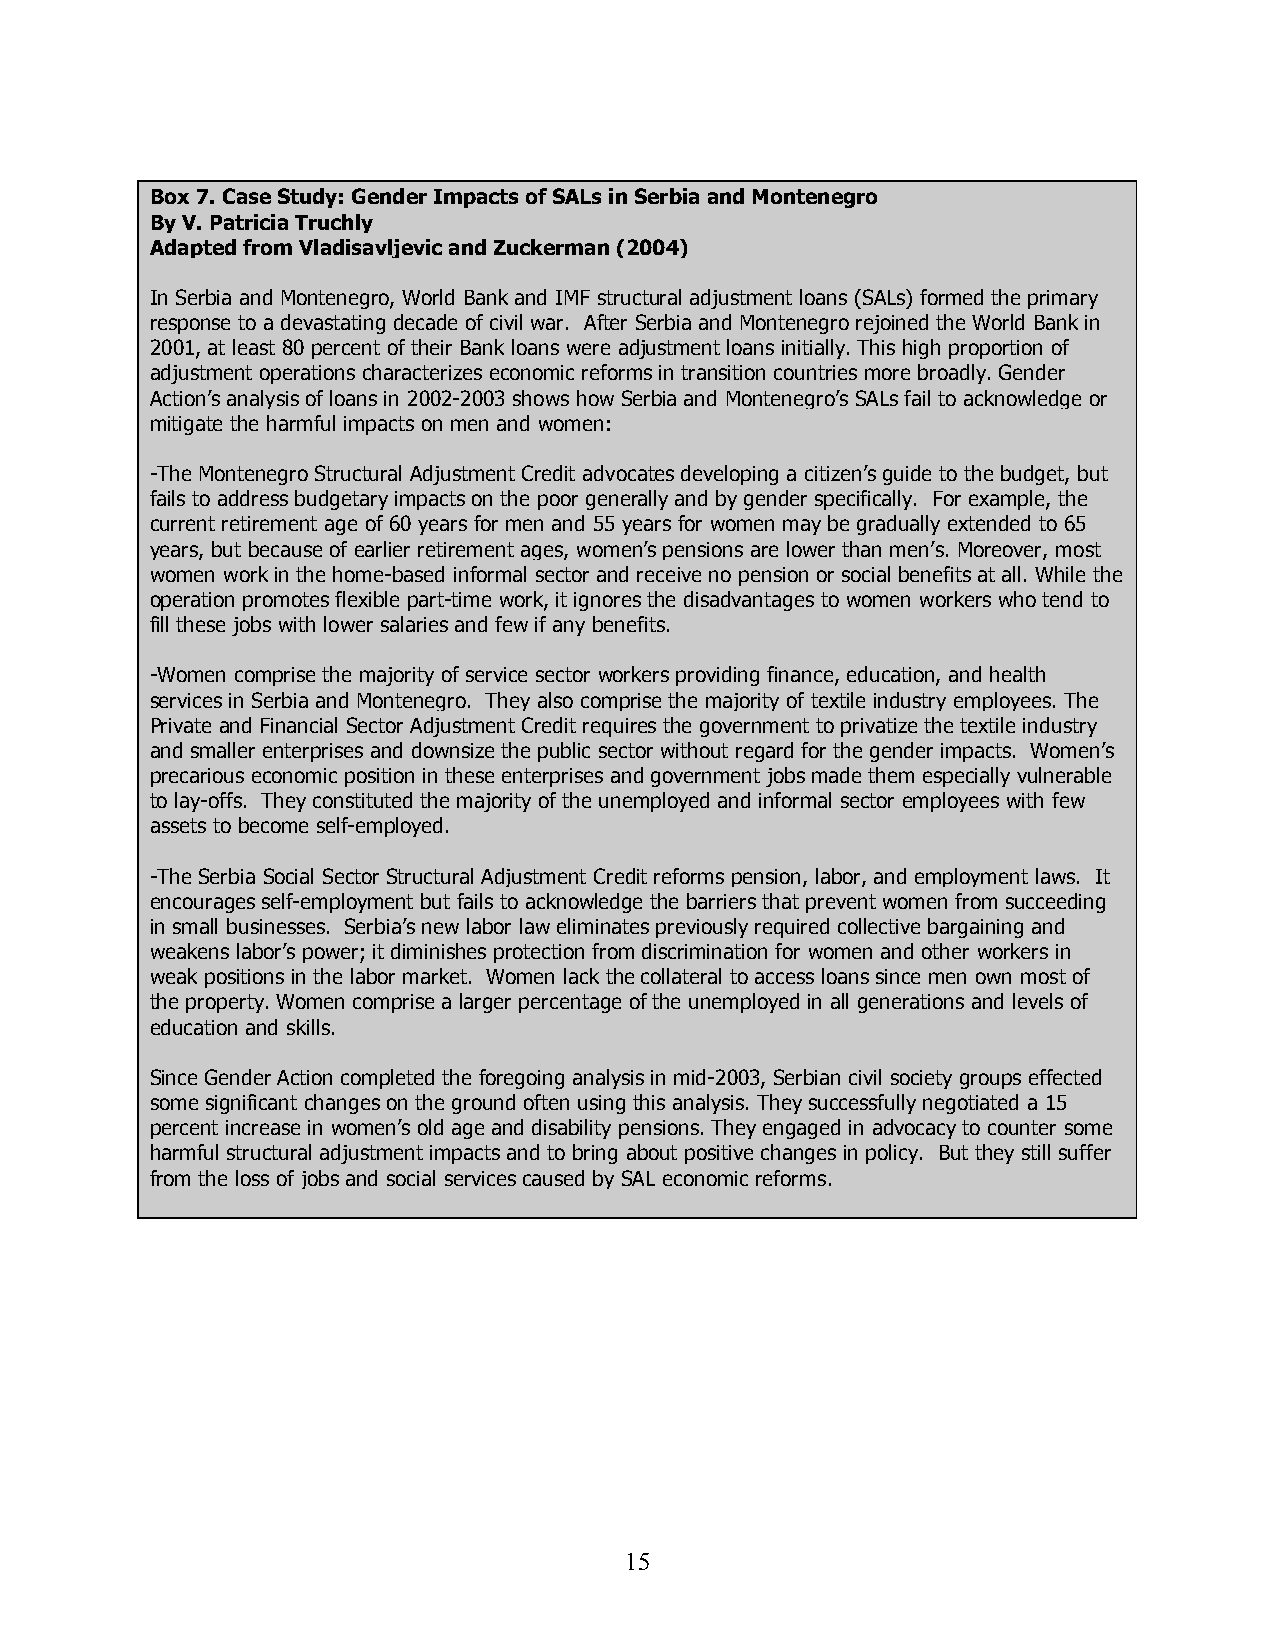
Box 7. Case Study: Gender Impacts of SALs in Serbia and Montenegro
 By V. Patricia Truchly
 Adapted from Vladisavljevic and Zuckerman (2004)
 In Serbia and Montenegro, World Bank and IMF structural adjustment loans (SALs) formed the primary
 response to a devastating decade of civil war. After Serbia and Montenegro rejoined the World Bank in
 2001, at least 80 percent of their Bank loans were adjustment loans initially. This high proportion of
 adjustment operations characterizes economic reforms in transition countries more broadly. Gender
 Action’s analysis of loans in 2002-2003 shows how Serbia and Montenegro’s SALs fail to acknowledge or
 mitigate the harmful impacts on men and women:
 -The Montenegro Structural Adjustment Credit advocates developing a citizen’s guide to the budget, but
 fails to address budgetary impacts on the poor generally and by gender specifically. For example, the
 current retirement age of 60 years for men and 55 years for women may be gradually extended to 65
 years, but because of earlier retirement ages, women’s pensions are lower than men’s. Moreover, most
 women work in the home-based informal sector and receive no pension or social benefits at all. While the
 operation promotes flexible part-time work, it ignores the disadvantages to women workers who tend to
 fill these jobs with lower salaries and few if any benefits.
 -Women comprise the majority of service sector workers providing finance, education, and health
 services in Serbia and Montenegro. They also comprise the majority of textile industry employees. The
 Private and Financial Sector Adjustment Credit requires the government to privatize the textile industry
 and smaller enterprises and downsize the public sector without regard for the gender impacts. Women’s
 precarious economic position in these enterprises and government jobs made them especially vulnerable
 to lay-offs. They constituted the majority of the unemployed and informal sector employees with few
 assets to become self-employed.
 -The Serbia Social Sector Structural Adjustment Credit reforms pension, labor, and employment laws. It
 encourages self-employment but fails to acknowledge the barriers that prevent women from succeeding
 in small businesses. Serbia’s new labor law eliminates previously required collective bargaining and
 weakens labor’s power; it diminishes protection from discrimination for women and other workers in
 weak positions in the labor market. Women lack the collateral to access loans since men own most of
 the property. Women comprise a larger percentage of the unemployed in all generations and levels of
 education and skills.
 Since Gender Action completed the foregoing analysis in mid-2003, Serbian civil society groups effected
 some significant changes on the ground often using this analysis. They successfully negotiated a 15
 percent increase in women’s old age and disability pensions. They engaged in advocacy to counter some
 harmful structural adjustment impacts and to bring about positive changes in policy. But they still suffer
 from the loss of jobs and social services caused by SAL economic reforms.
 1 5